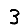
Digit: 3